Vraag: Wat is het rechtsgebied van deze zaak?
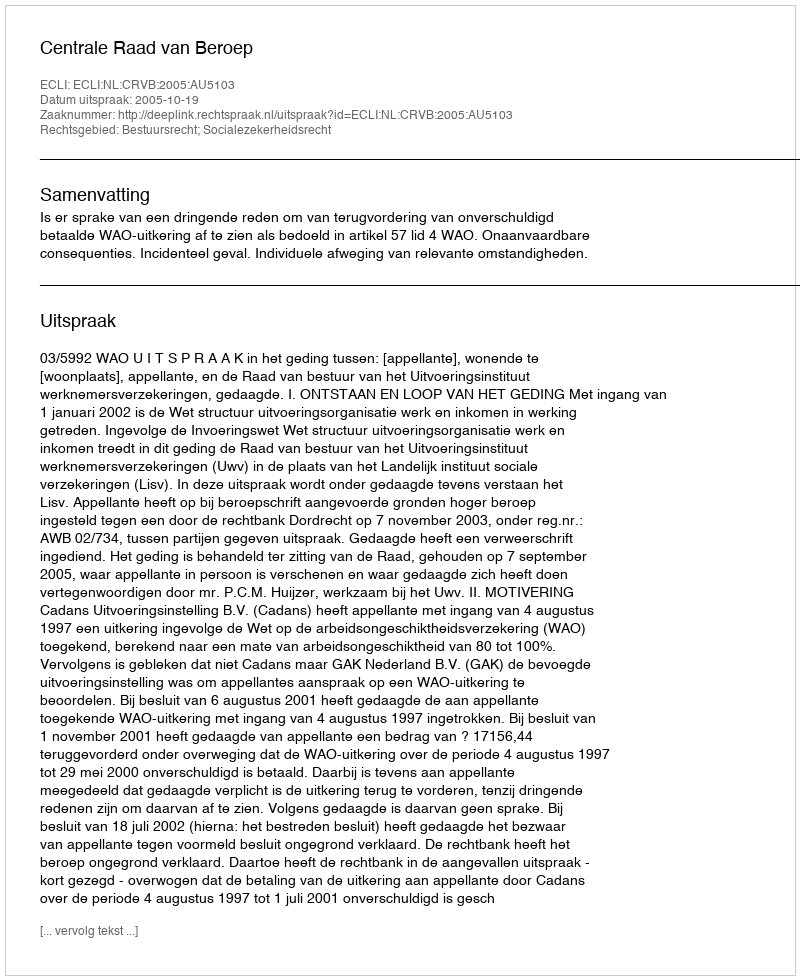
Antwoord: Bestuursrecht; Socialezekerheidsrecht